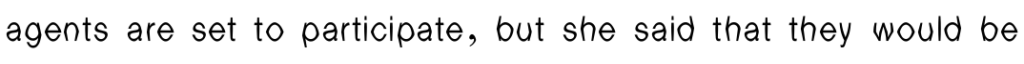
agents are set to participate, but she said that they would be